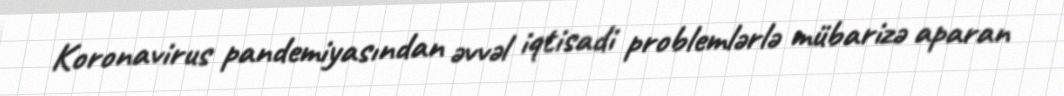
Koronavirus pandemiyasından əvvəl iqtisadi problemlərlə mübarizə aparan